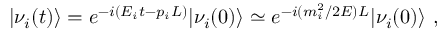
| \nu _ { i } ( t ) \rangle = e ^ { - i ( E _ { i } t - p _ { i } L ) } | \nu _ { i } ( 0 ) \rangle \simeq e ^ { - i ( m _ { i } ^ { 2 } / 2 E ) L } | \nu _ { i } ( 0 ) \rangle ~ ,